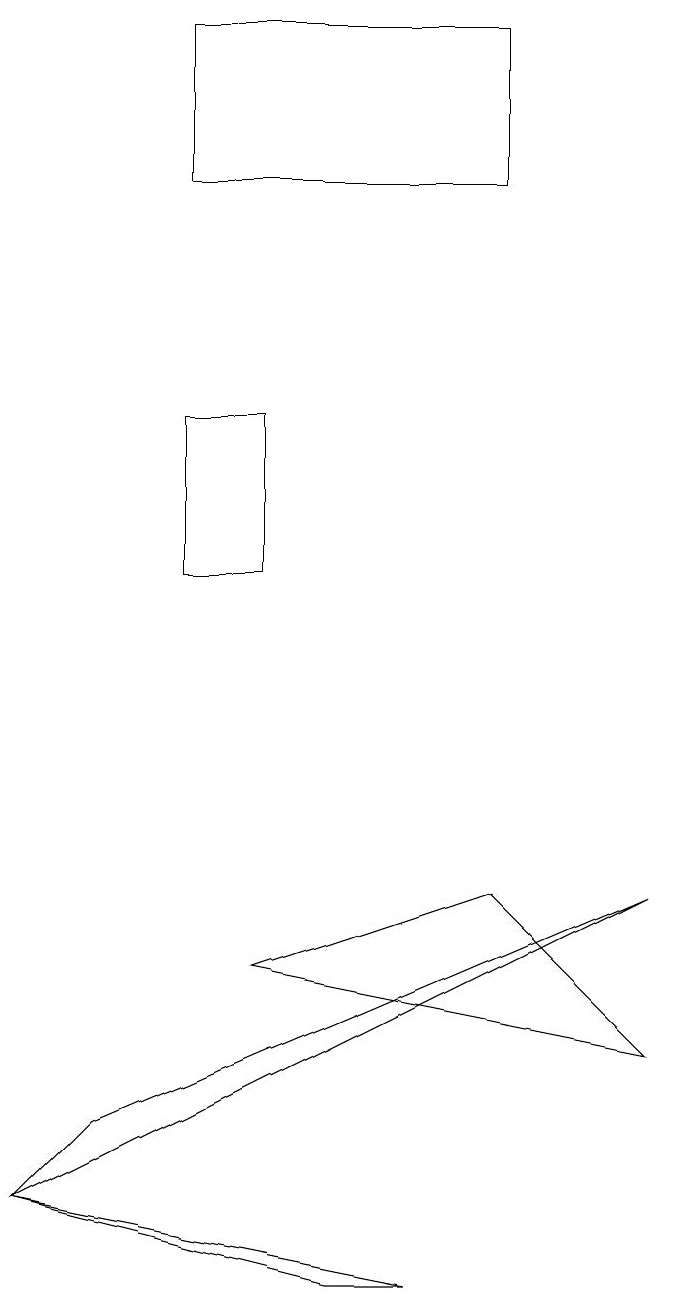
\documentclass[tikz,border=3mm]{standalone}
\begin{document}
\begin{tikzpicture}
\draw (0,2) -- (1,3) -- (8,6) -- cycle;
\draw (5,1) -- (4,1) -- (0,2) -- cycle;
\draw (8,4) -- (6,6) -- (3,5) -- cycle;
\draw (2,10) rectangle (3,12);
\draw (6,15) rectangle (2,17);
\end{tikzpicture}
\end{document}